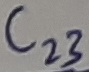
Text: C23